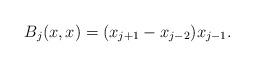
LaTeX: \begin{align*}B_j(x,x) = (x_{j+1} - x_{j-2})x_{j-1}.\end{align*}